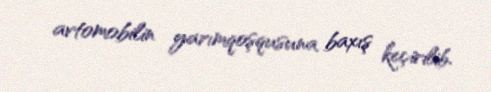
avtomobilin yarımqoşqusuna baxış keçirilib.